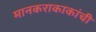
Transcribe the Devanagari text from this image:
मानकराकाकांची